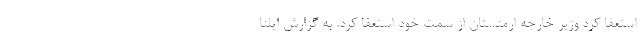
استعفا کرد وزیر خارجه ارمنستان از سمت خود استعفا کرد. به گزارش ایلنا